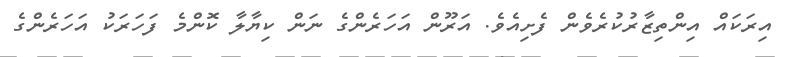
އިރަކައް އިންތިޒާރުކުރެވެން ފެށިއެވެ. އަރޫން އަހަރެންގެ ނަން ކިޔާލާ ކޮންމެ ފަހަރަކު އަހަރެންގެ